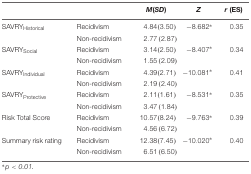
|  |  | M(SD) | Z | r (ES) |
 | --- | --- | --- | --- | --- |
 | SAVRYHistorical | Recidivism | 4.84(3.50) | -8.682* | 0.35 |
 |  | Non-recidivism | 2.77 (2.87) |  |  |
 | SAVRYSocial | Recidivism | 3.14(2.50) | -8.407* | 0.34 |
 |  | Non-recidivism | 1.55 (2.09) |  |  |
 | SAVRYIndividual | Recidivism | 4.39(2.71) | -10.081* | 0.41 |
 |  | Non-recidivism | 2.19 (2.40) |  |  |
 | SAVRYProtective | Recidivism | 2.11(1.61) | -8.531* | 0.35 |
 |  | Non-recidivism | 3.47 (1.84) |  |  |
 | Risk Total Score | Recidivism | 10.57(8.24) | -9.763* | 0.39 |
 |  | Non-recidivism | 4.56 (6.72) |  |  |
 | Summary risk rating | Recidivism | 12.38(7.45) | -10.020* | 0.40 |
 |  | Non-recidivism | 6.51 (6.50) |  |  |